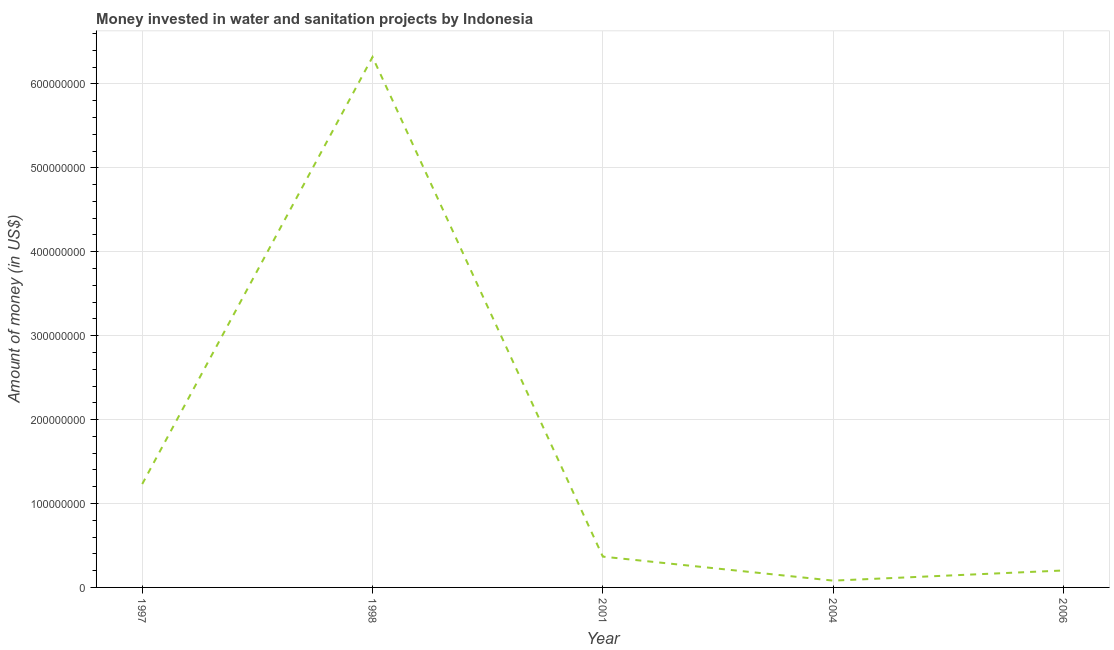
| Year | Investment |
 | --- | --- |
 | 1997 | 1.23e+08 |
 | 1998 | 6.32e+08 |
 | 2001 | 3.67e+07 |
 | 2004 | 8.1e+06 |
 | 2006 | 2.02e+07 |